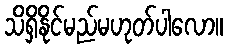
သိရှိနိုင်မည်မဟုတ်ပါလော။